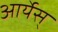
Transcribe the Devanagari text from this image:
आर्येस्